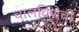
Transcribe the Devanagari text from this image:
चालविणेची